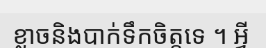
ខ្លាចនិងបាក់ទឹកចិត្តទេ ។ អ្វី